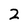
Character: 2